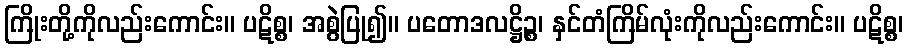
ကြိုးတို့ကိုလည်းကောင်း။ ပဋိစ္စ၊ အစွဲပြု၍။ ပတောဒလဋ္ဌိဉ္စ၊ နှင်တံကြိမ်လုံးကိုလည်းကောင်း။ ပဋိစ္စ၊